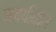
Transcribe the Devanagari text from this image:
सवयींतील